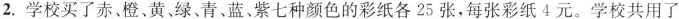
2.学校买了赤。橙、黄，绿、青、蓝。紫七种颜色的彩纸各25张，每张彩纸4元。学校共用了